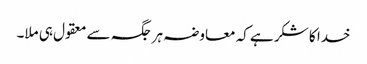
خدا کا شکر ہے کہ معاوضہ ہر جگہ سے معقول ہی ملا۔